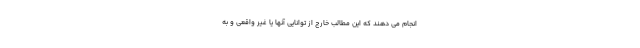
انجام می دهند که این مطالب خارج از توانایی آنها یا غیر واقعی و به